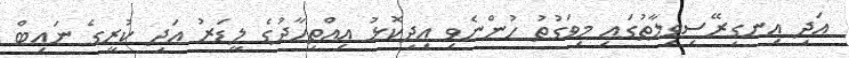
އަދި އިނގިރޭސިވިލާތުގައި މިވަގުތު ހުންނެވި އިދިކޮޅު އިއްތިހާދުގެ ލީޑަރު އަދި ކުރީގެ ނައިބް